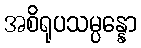
အစိရုပသမ္ပန္နော